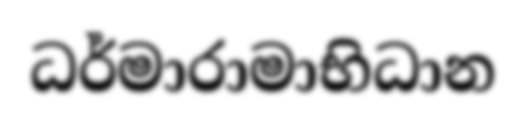
ධර්මාරාමාභිධාන